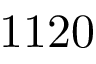
1 1 2 0